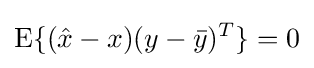
\operatorname {E} \{({\hat {x}}-x)(y-{\bar {y}})^{T}\}=0